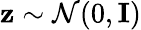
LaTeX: \mathbf{z}\sim\mathcal{N}(0,\mathbf{I})